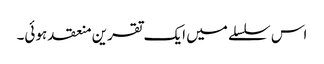
اس سلسلے میں ایک تقرین منعقد ہوئی۔